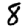
Digit: 8